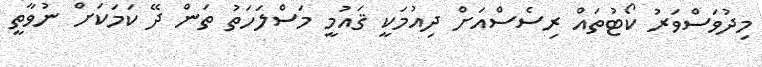
މިދުވަސްވަރު ކޯޓުތައް ރިސެސްއަށް ދިއުމަކީ ޤައުމީ މަސްލަހަތު ތަން ދޭ ކަމަކަށް ނުވާތީ